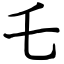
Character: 乇